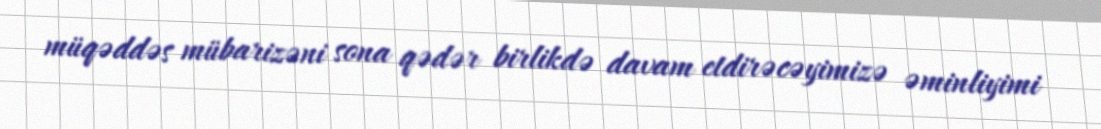
müqəddəs mübarizəni sona qədər birlikdə davam etdirəcəyimizə əminliyimi